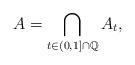
LaTeX: \begin{align*}A=\bigcap_{t\in (0,1]\cap\mathbb{Q}} A_t,\end{align*}